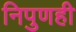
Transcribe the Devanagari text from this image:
निपुणही